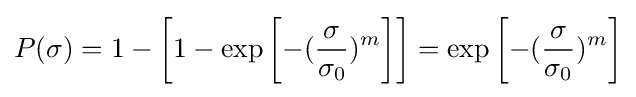
P(\sigma )=1-\left[1-\exp \left[-({\frac {\sigma }{\sigma _{0}}})^{m}\right]\right]=\exp \left[-({\frac {\sigma }{\sigma _{0}}})^{m}\right]